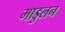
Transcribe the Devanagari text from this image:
माडुलन